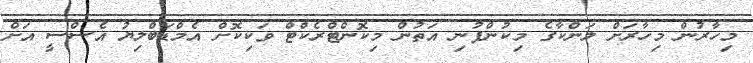
މިހާރުން މިހާރަށް ލަންކާގެ މިކުންފުނި އަތުން މިކޮންޓްރެކްޓް ވަކިކޮށް އެމްޑަބްލިޔު އެސްސީ އަށް